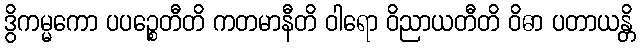
ဒွိကမ္မကော ပပဉ္စေတီတိ ကတမာနီတိ ဝါရော ဝိညာယတီတိ ဝိဓာ ပတာယန္တိ